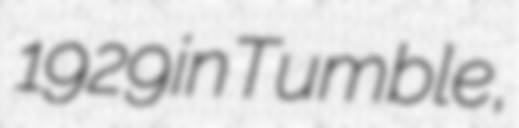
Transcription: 1929 in Tumble,